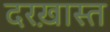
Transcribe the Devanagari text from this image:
दरख़ास्त